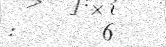
:      6